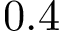
0 . 4